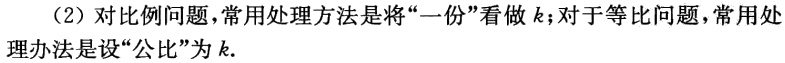
（2）对比例问题，常用处理方法是将“一份”看做\(k\)；对于等比问题，常用处理办法是设“公比”为\(k\).